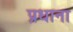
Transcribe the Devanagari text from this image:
प्रधाना